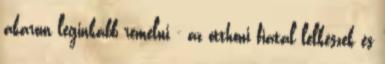
akarom leginkább remélni - az otthoni fiatal lelkészek és